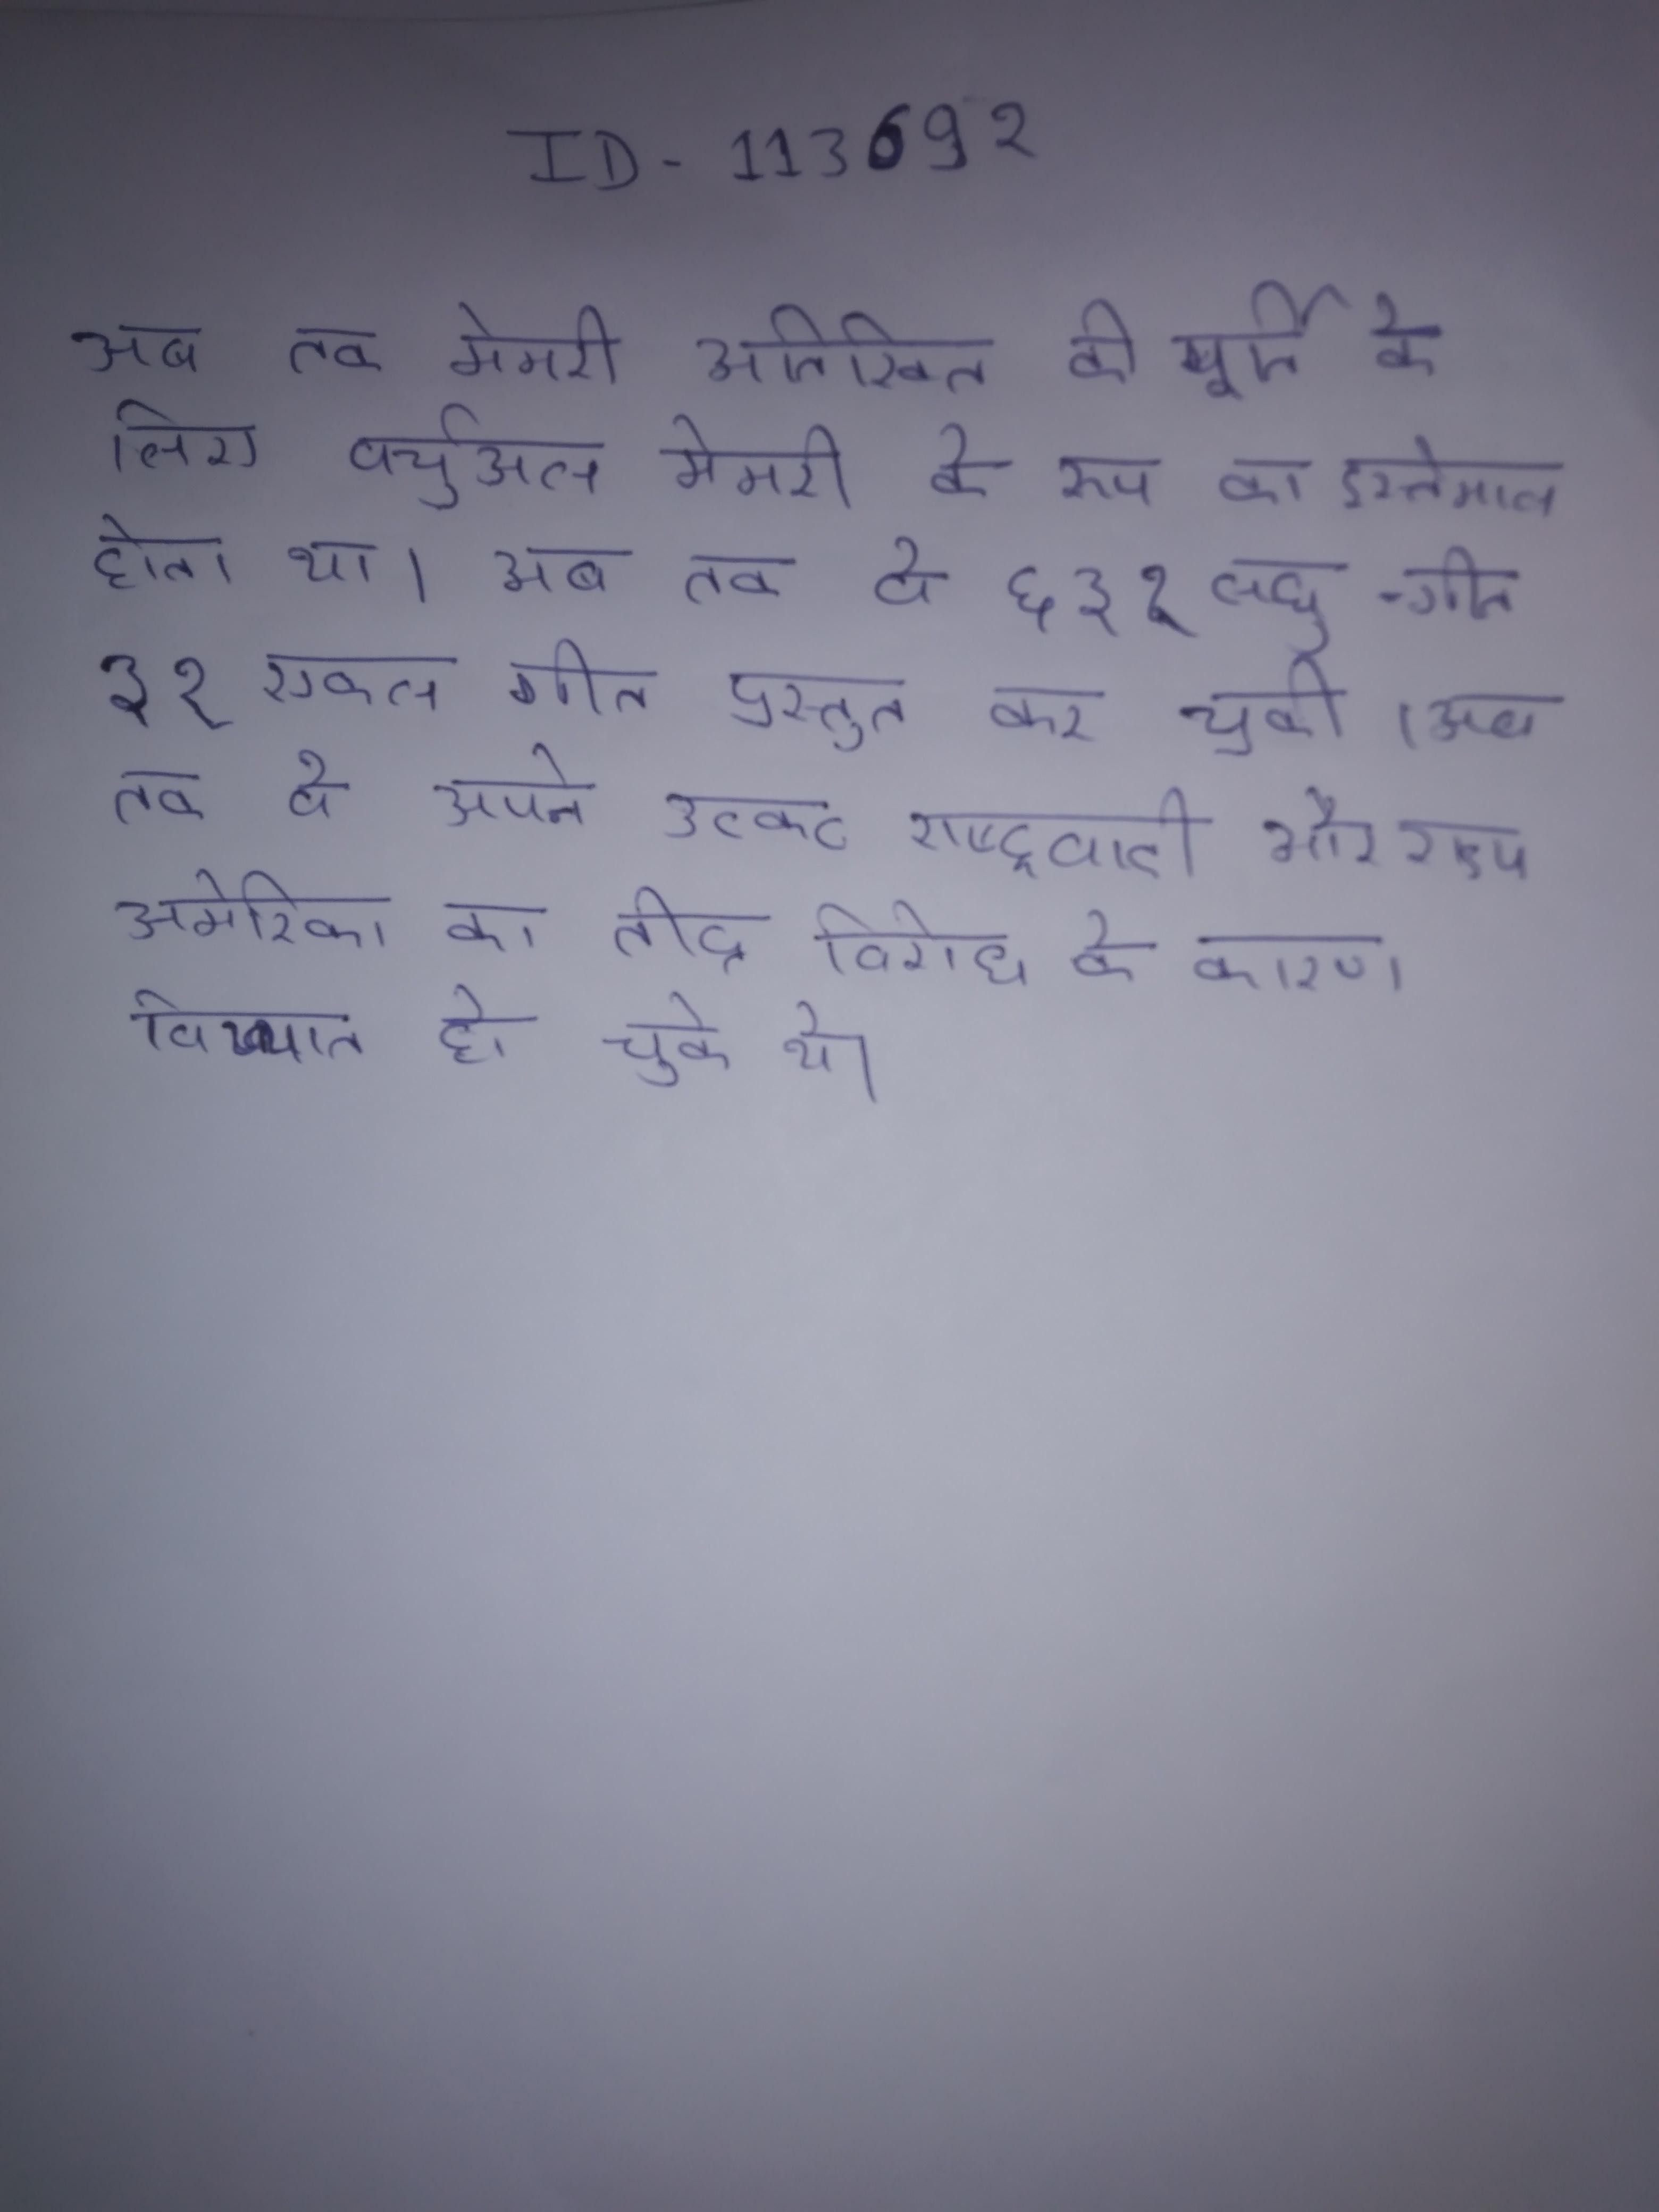
अब तक मेमरी अतिरिक्त की पूर्ति के लिए वर्चुअल मेमरी के रूप का इस्तेमाल होता था । अब तक वे ६ ३ १ लघु-गीत ३१ एकल गीत प्रस्तुत कर चुकी । अब तक वे अपने उत्कट राष्ट्रवादी और राज्य अमेरिका के तीव्र विरोध के कारण विख्यात हो चुके थे ।